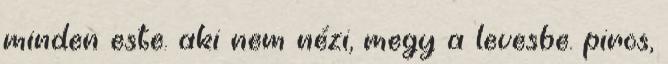
minden este. aki nem nézi, megy a levesbe. piros,